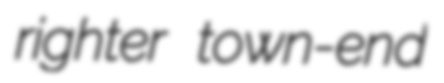
righter town-end